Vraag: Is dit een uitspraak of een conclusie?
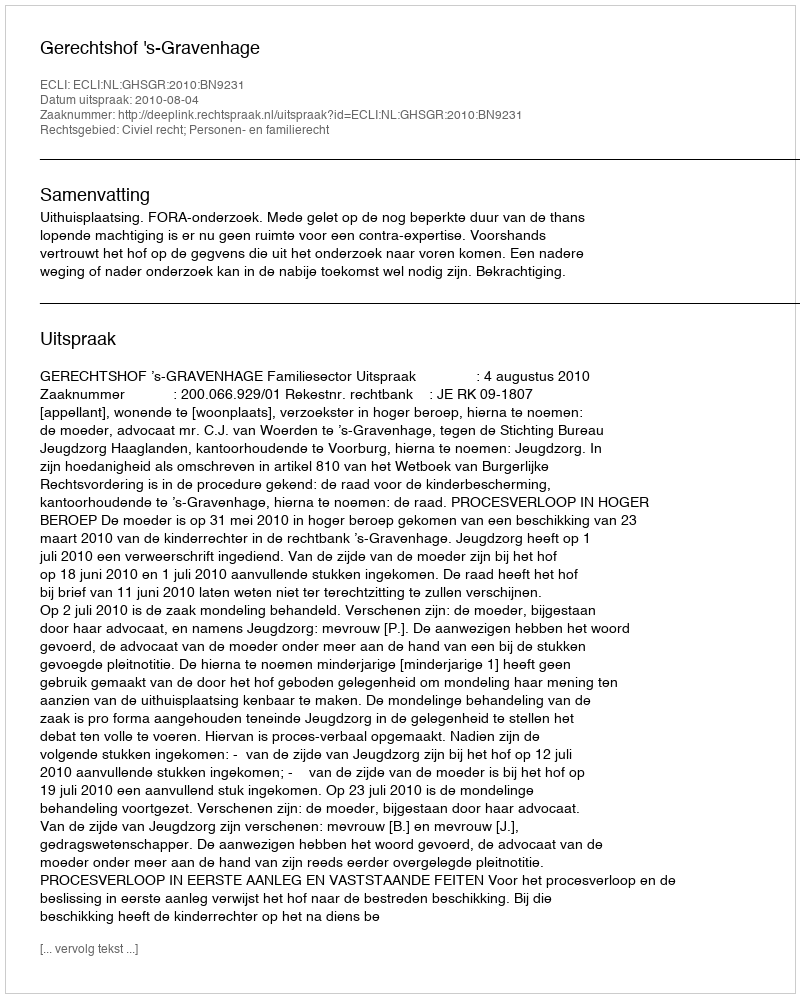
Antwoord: Uitspraak